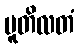
ပူတိလတံ